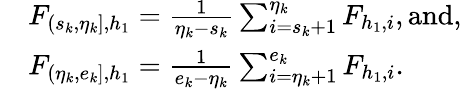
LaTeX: \begin{array}{rl}&{F_{(s_{k},\eta_{k}],h_{1}}=\frac{1}{\eta_{k}-s_{k}}\sum_{i=s_{k}+1}^{\eta_{k}}F_{h_{1},i},\mathrm{and},}\\ &{F_{(\eta_{k},e_{k}],h_{1}}=\frac{1}{e_{k}-\eta_{k}}\sum_{i=\eta_{k}+1}^{e_{k}}F_{h_{1},i}.}\end{array}